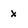
Character: X